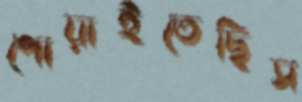
পোয়াইতেছিস